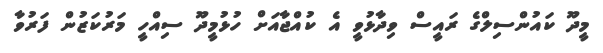
މީދޫ ކައުންސިލްގެ ރައީސް ވިދާޅުވީ އެ ކުއްޖާއަށް ހުޅުމީދޫ ސިއްހީ މަރުކަޒުން ފަރުވާ